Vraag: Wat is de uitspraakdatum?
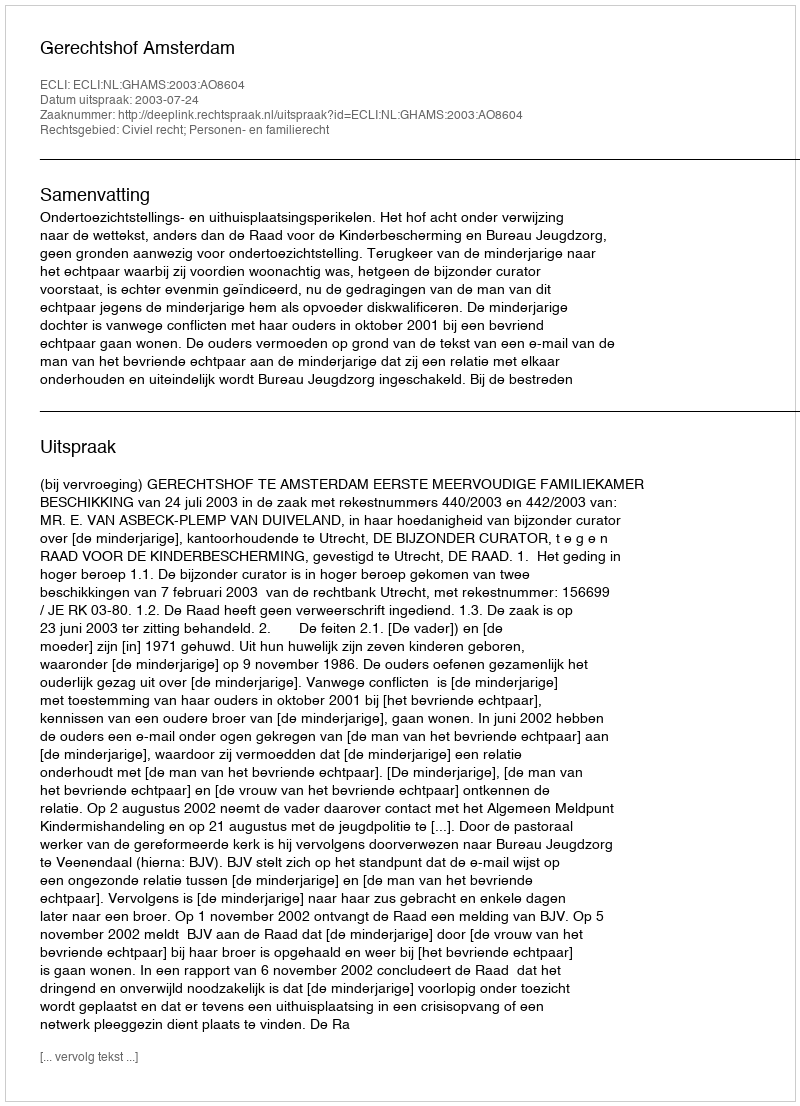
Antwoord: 2003-07-24